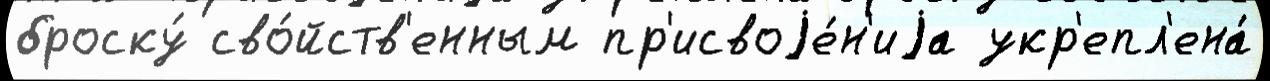
броску́ сво́йств'енным пр'исвоjе́н'иjа укр'епл'ена́